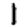
Digit: 1